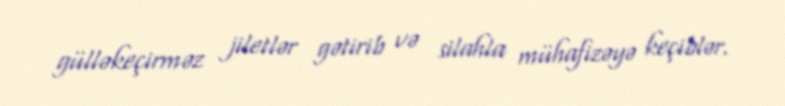
gülləkeçirməz jiletlər gətirib və silahla mühafizəyə keçiblər.